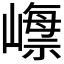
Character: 𡼺